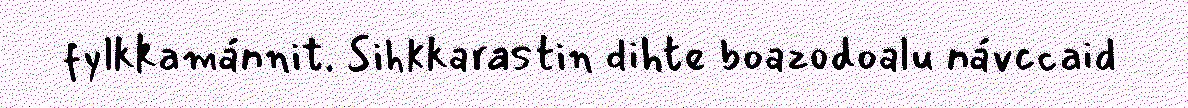
fylkkamánnit. Sihkkarastin dihte boazodoalu návccaid